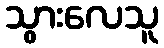
သွားလေသူ